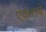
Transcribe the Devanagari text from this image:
एकराचे